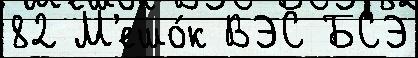
82 М'ешо́к ВЭС БСЭ